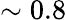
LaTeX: \sim 0.8